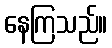
နေကြသည်။